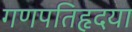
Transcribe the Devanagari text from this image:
गणपतिहृदया